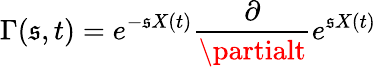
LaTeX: \Gamma(\mathfrak{s},t)=e^{-\mathfrak{s}X(t)}{\frac{{\partial}}{{\partialt}}}e^{\mathfrak{s}X(t)}